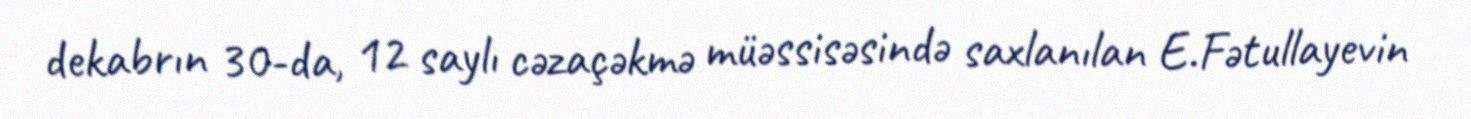
dekabrın 30-da, 12 saylı cəzaçəkmə müəssisəsində saxlanılan E.Fətullayevin